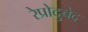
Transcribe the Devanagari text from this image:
रेप्रोदुचेद